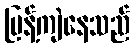
ပြန့်ကျဲနေသည်